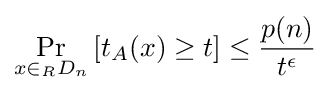
\Pr _{x\in _{R}D_{n}}\left[t_{A}(x)\geq t\right]\leq {\frac {p(n)}{t^{\epsilon }}}